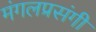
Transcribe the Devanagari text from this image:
मंगलप्रसंगी